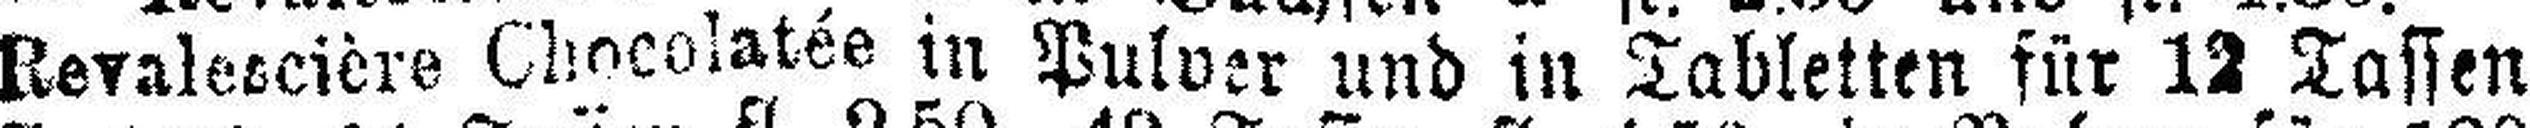
Revalescière Chocolatée in Pulver und in Tabletten für 12 Tassen